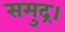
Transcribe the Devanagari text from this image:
समुद्र।